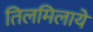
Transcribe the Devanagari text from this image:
तिलमिलाये